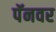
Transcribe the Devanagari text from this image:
पॅनवर